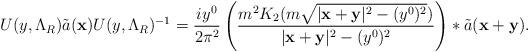
LaTeX: \begin{align*}&U(y,\Lambda_R)\tilde{a}(\mathbf{x})U(y,\Lambda_R)^{-1}= \frac{iy^{0} }{2\pi^2} \left(\frac{ m^2 K_{2}(m\sqrt{\vert \mathbf{x+y} \vert^{2}-(y^{0})^2})}{\vert \mathbf{x+y} \vert^{2}-(y^{0})^2}\right)\ast\tilde{a}(\mathbf{x+y}).\end{align*}